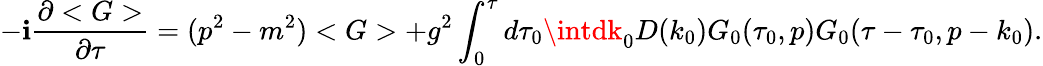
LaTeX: -\mathbf{i}\frac{{\partial<G>}}{{\partial\tau}}=(p^{2}-m^{2})<G>+g^{2}\int_{0}^{\tau}d\tau_{0}\intdk_{0}D(k_{0})G_{0}(\tau_{0},p)G_{0}(\tau-\tau_{0},p-k_{0}).